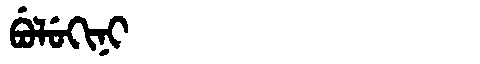
Manchu: ᠪᡠᠯᡠᡴᡳᠨᡳ
Romanization: BULUKINI